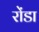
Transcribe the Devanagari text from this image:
रोंडा